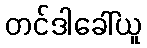
တင်ဒါခေါ်ယူ